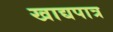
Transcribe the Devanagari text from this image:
खाद्यपात्र